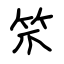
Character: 笊